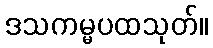
ဒသကမ္မပထသုတ်။